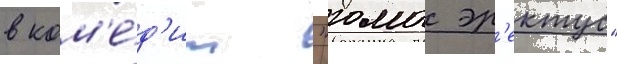
в ком'е́д'ии "гомо эр'ектус"